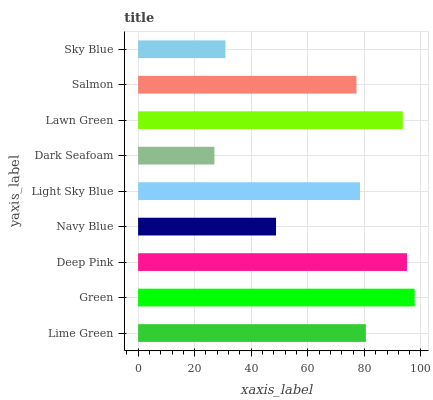
| yaxis_label | bars |
 | --- | --- |
 | Lime Green | 80.5 |
 | Green | 97.8 |
 | Deep Pink | 95 |
 | Navy Blue | 48.8 |
 | Light Sky Blue | 78.4 |
 | Dark Seafoam | 27 |
 | Lawn Green | 93.6 |
 | Salmon | 77.2 |
 | Sky Blue | 30.9 |